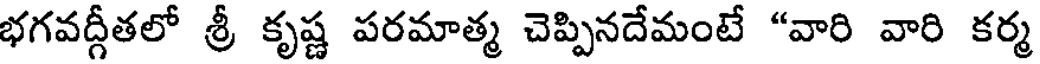
భగవద్గీతలో శ్రీ కృష్ణ పరమాత్మ చెప్పినదేమంటే "వారి వారి కర్మ